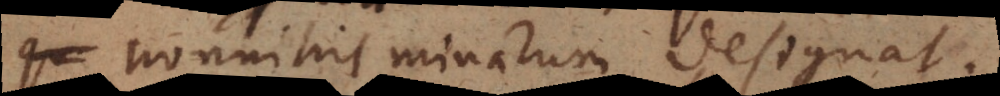
nonnihil minarum designat.